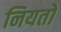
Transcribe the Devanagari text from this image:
नियतों